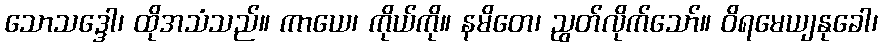
သောသဒ္ဒေါ၊ ထိုအသံသည်။ ကာယေ၊ ကိုယ်ကို။ နမိတေ၊ ညွတ်လိုက်သော်။ ဝိရမေယျနုခေါ၊